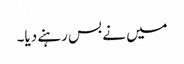
میں نے بس رہنے دیا۔